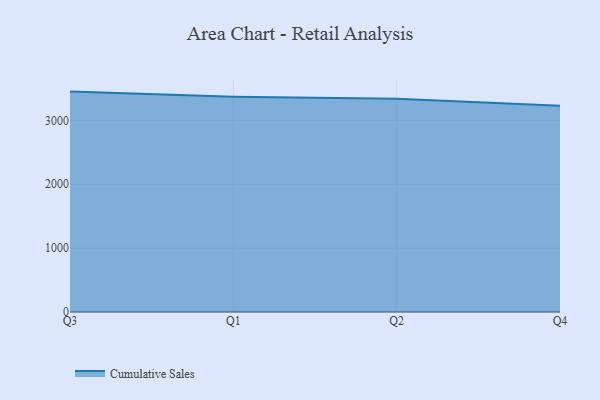
{"axis": {"x": "Quarter", "y": "Temperature (°C)"}, "legend": ["Cumulative Sales"], "data": [{"x": "Q3", "y": 3451.1, "type": "Cumulative Sales"}, {"x": "Q1", "y": 3370.8, "type": "Cumulative Sales"}, {"x": "Q2", "y": 3337.2, "type": "Cumulative Sales"}, {"x": "Q4", "y": 3228.4, "type": "Cumulative Sales"}]}